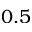
0 . 5